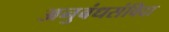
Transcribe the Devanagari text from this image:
अनुबंधसंविदा